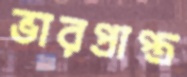
ভারপ্রাপ্ত্র